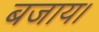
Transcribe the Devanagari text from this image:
बजाय।